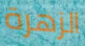
الزهرة